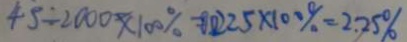
4 5 \div 2 0 0 0 \times 1 0 0 \% = 0 . 0 2 2 5 \times 1 0 0 \% = 2 . 2 5 \%